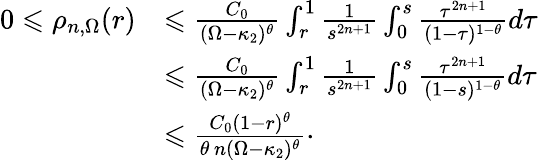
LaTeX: \begin{array}{rl}{0\leqslant\rho_{n,\Omega}(r)}&{\leqslant\frac{C_{0}}{(\Omega-\kappa_{2})^{\theta}}\int_{r}^{1}\frac{1}{s^{2n+1}}\int_{0}^{s}\frac{\tau^{2n+1}}{(1-\tau)^{1-\theta}}d\tau}\\ &{\leqslant\frac{C_{0}}{(\Omega-\kappa_{2})^{\theta}}\int_{r}^{1}\frac{1}{s^{2n+1}}\int_{0}^{s}\frac{\tau^{2n+1}}{(1-s)^{1-\theta}}d\tau}\\ &{\leqslant\frac{C_{0}(1-r)^{\theta}}{\theta\, n(\Omega-\kappa_{2})^{\theta}}\cdot}\end{array}